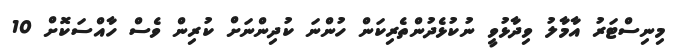
މިނިސްޓަރު އާމާލު ވިދާޅުވީ ނުކުޅެދުންތެރިކަން ހުންނަ ކުދިންނަށް ކުރިން ވެސް ހާއްސަކޮށް 10